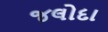
જલોદા